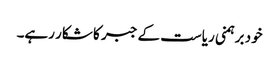
خود برہمنی ریاست کے جبر کا شکار رہے۔